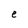
Character: e